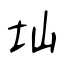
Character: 圸